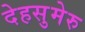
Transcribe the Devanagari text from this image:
देहसुमेरु